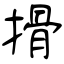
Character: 搰